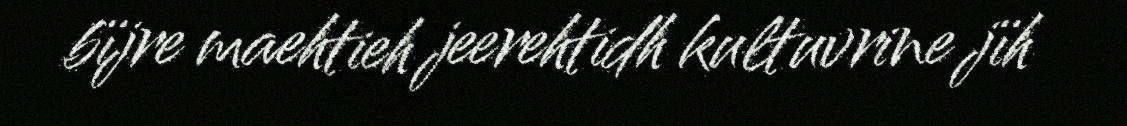
bïjre maehtieh jeerehtidh kultuvrine jïh